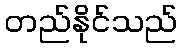
တည်နိုင်သည်